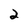
Character: 2